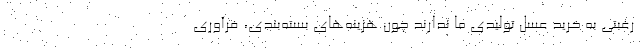
رغبتی به خرید عسل تولیدی ما ندارند چون هزینه‌های بسته‌بندی، فرآوری